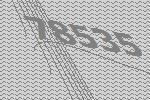
78535